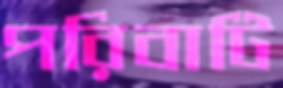
পরিবাটি